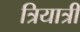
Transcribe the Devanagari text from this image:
त्रियात्री